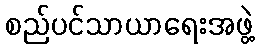
စည်ပင်သာယာရေးအဖွဲ့